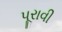
પૂરાવી